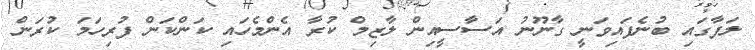
ލަފާގައި ބުނެފައިވަނީ ގާނޫނު އަސާސީއިން ލާޒިމް ކުރާ އެންމެހައި ކަންކަން ފުރިހަމަ ކުރަން